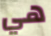
هي